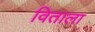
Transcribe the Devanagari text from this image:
विताला